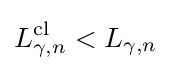
L_{\gamma ,n}^{\mathrm {cl} }<L_{\gamma ,n}